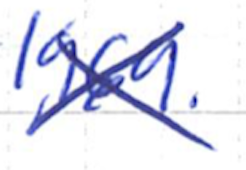
Text: 1969.
Cross-out: cross
Writing tool: ballpoint